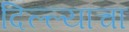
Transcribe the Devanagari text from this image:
दिल्ल्याचा